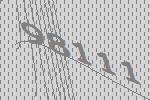
98111